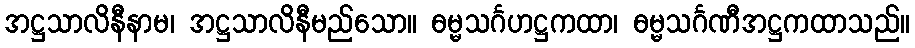
အဋ္ဌသာလိနီနာမ၊ အဋ္ဌသာလိနီမည်သော။ ဓမ္မသင်္ဂဟဋ္ဌကထာ၊ ဓမ္မသင်္ဂဏီအဋ္ဌကထာသည်။